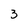
Character: 3